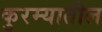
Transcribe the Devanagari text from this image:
कुरम्यातील